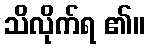
သိလိုက်ရ ၏။